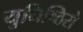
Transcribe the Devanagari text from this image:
युधिष्ठिरो